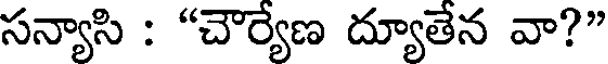
సన్యాసి : "చౌర్యేణ ద్యూతేన వా?"